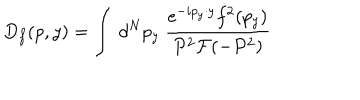
D _ { f } ( p , y ) = \int ~ d ^ { N } p _ { y } ~ \frac { \mathrm { e } ^ { - i p _ { y } \cdot y } f ^ { 2 } ( p _ { y } ) } { P ^ { 2 } { \cal F } ( - P ^ { 2 } ) }